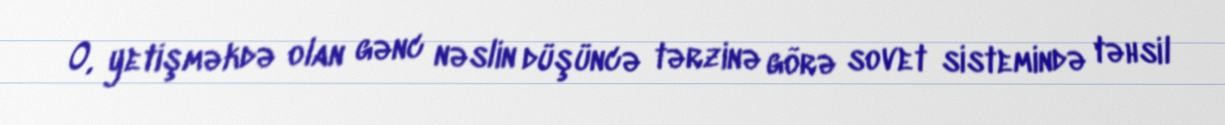
O, yetişməkdə olan gənc nəslin düşüncə tərzinə görə sovet sistemində təhsil